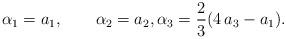
LaTeX: \begin{align*}\alpha_1={a_1 }, \qquad\alpha_2={a_2}, \alpha_3=\frac{2}{3}(4\,a_3-a_1).\end{align*}